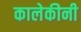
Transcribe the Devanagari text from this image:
कालेकीनी